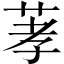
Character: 䓔